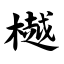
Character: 樾